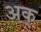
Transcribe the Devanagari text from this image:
अक्